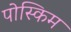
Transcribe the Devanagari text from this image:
पोस्किम